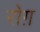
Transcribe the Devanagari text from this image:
रोग़